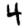
Digit: 4